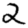
Digit: 2